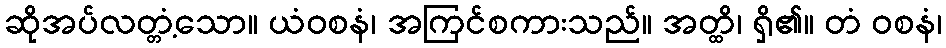
ဆိုအပ်လတ္တံ့သော။ ယံဝစနံ၊ အကြင်စကားသည်။ အတ္ထိ၊ ရှိ၏။ တံ ဝစနံ၊